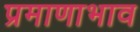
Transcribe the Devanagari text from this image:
प्रमाणाभाव